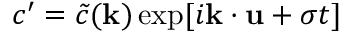
c ^ { \prime } = \tilde { c } ( \mathbf { k } ) \exp [ i \mathbf { k } \boldsymbol { \cdot } \mathbf { u } + \sigma t ]